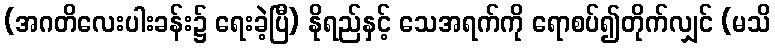
(အဂတိလေးပါးခန်း၌ ရေးခဲ့ပြီ) နိုရည်နှင့် သေအရက်ကို ရောစပ်၍တိုက်လျှင် (မသိ